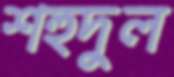
শহুদুল